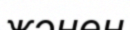
жәнен